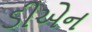
ડીએન